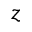
z